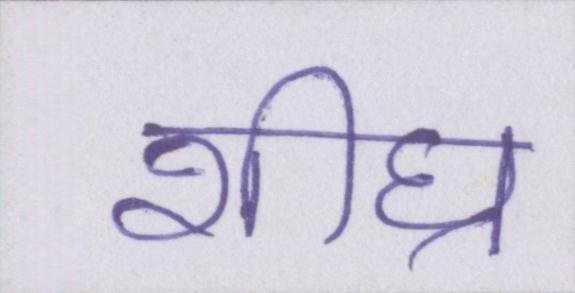
शीघ्र